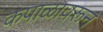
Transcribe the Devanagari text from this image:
कपाळावरून